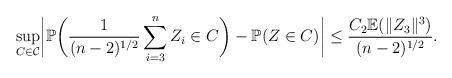
LaTeX: \begin{align*}\sup_{C \in \mathcal{C}}\biggl|\mathbb{P}\biggl(\frac{1}{(n-2)^{1/2}}\sum_{i=3}^n Z_i \in C\biggr) - \mathbb{P}(Z \in C)\biggr| \leq \frac{C_2\mathbb{E}(\|Z_3\|^3)}{(n-2)^{1/2}}.\end{align*}